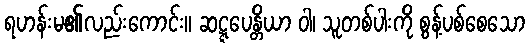
ရဟန်းမ၏လည်းကောင်း။ ဆဋ္ဋပေန္တိယာ ဝါ၊ သူတစ်ပါးကို စွန့်ပစ်စေသော